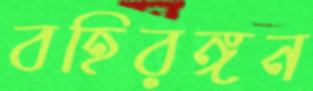
বহিরঙ্গন